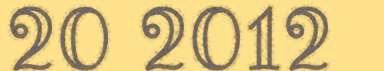
20 2012